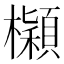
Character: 𣟤